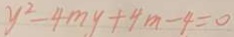
y ^ { 2 } - 4 m y + 4 m - 4 = 0